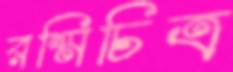
রশ্মিচিত্র